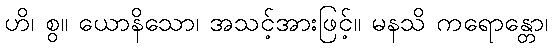
ဟိ၊ စွ။ ယောနိသော၊ အသင့်အားဖြင့်။ မနသိ ကရောန္တော၊